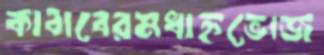
কাবাবেরমধাহ্নভোজ